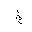
Letter: _kha